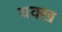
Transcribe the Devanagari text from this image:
यक्ख